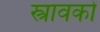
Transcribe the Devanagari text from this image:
स्त्रावकों